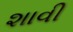
શાવી